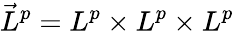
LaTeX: \vec{L}^{p}=L^{p}\times L^{p}\times L^{p}